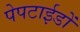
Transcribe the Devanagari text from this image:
पेपटाईडों